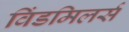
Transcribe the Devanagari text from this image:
विंडमिलर्स